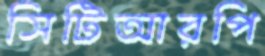
সিটিআরপি